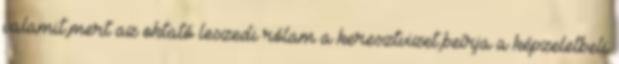
valamit,mert az oktató leszedi rólam a keresztvizet,beírja a képzeletbeli